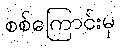
စစ်ကြောင်းမှ